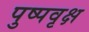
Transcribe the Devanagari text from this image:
पुष्पवृक्ष